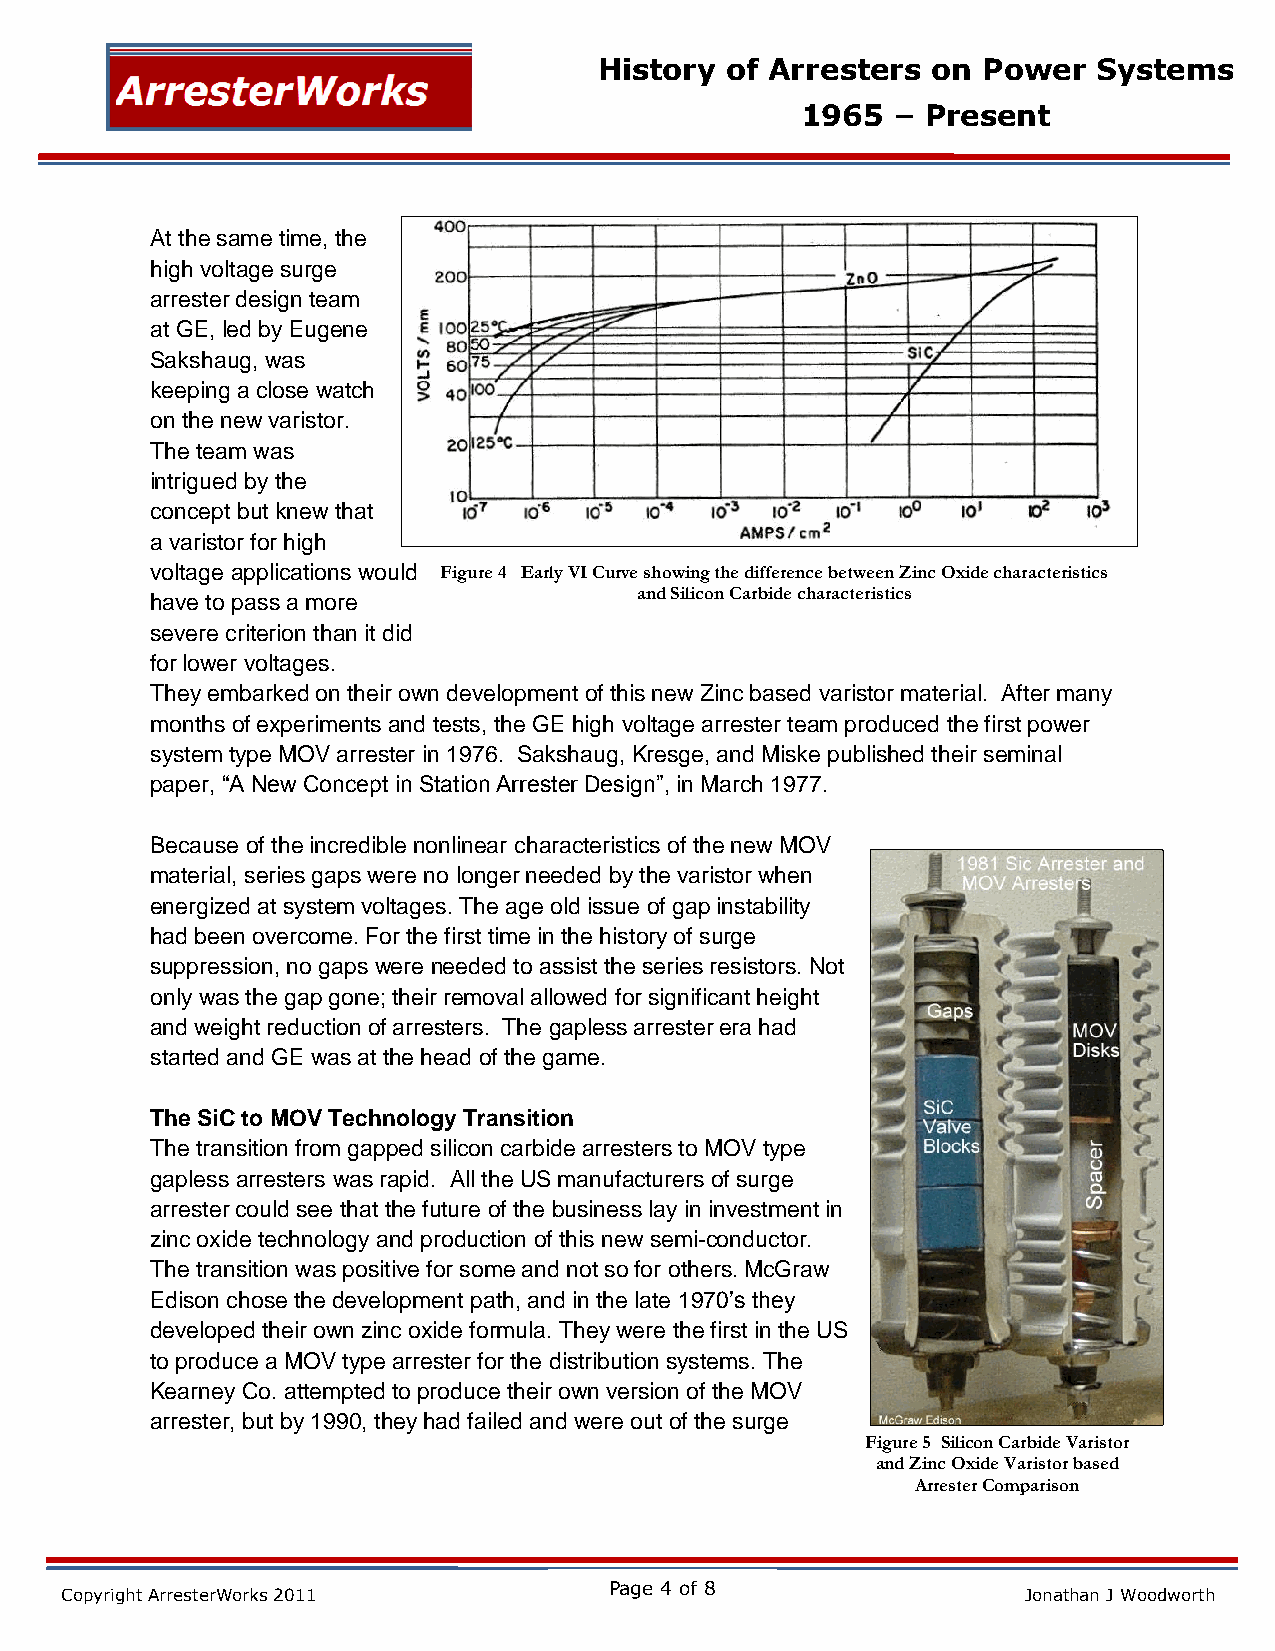
History of Arresters  on Power   Systems
 1965  – Present
 At the same time, the
 high voltage surge
 arrester design team
 at GE, led by Eugene
 Sakshaug, was
 keeping a close watch
 on the new varistor.
 The team was
 intrigued by the
 concept but knew that
 a varistor for high
 voltage applications would Figure 4 Early VI Curve showing the difference between Zinc Oxide characteristics
 and Silicon Carbide characteristics
 have to pass a more
 severe criterion than it did
 for lower voltages.
 They embarked on their own development of this new Zinc based varistor material. After many
 months of experiments and tests, the GE high voltage arrester team produced the first power
 system type MOV arrester in 1976. Sakshaug, Kresge, and Miske published their seminal
 paper, “A New Concept in Station Arrester Design”, in March 1977.
 Because of the incredible nonlinear characteristics of the new MOV
 material, series gaps were no longer needed by the varistor when
 energized at system voltages. The age old issue of gap instability
 had been overcome. For the first time in the history of surge
 suppression, no gaps were needed to assist the series resistors. Not
 only was the gap gone; their removal allowed for significant height
 and weight reduction of arresters. The gapless arrester era had
 started and GE was at the head of the game.
 The SiC to MOV Technology Transition
 The transition from gapped silicon carbide arresters to MOV type
 gapless arresters was rapid. All the US manufacturers of surge
 arrester could see that the future of the business lay in investment in
 zinc oxide technology and production of this new semi-conductor.
 The transition was positive for some and not so for others. McGraw
 Edison chose the development path, and in the late 1970’s they
 developed their own zinc oxide formula. They were the first in the US
 to produce a MOV type arrester for the distribution systems. The
 Kearney Co. attempted to produce their own version of the MOV
 arrester, but by 1990, they had failed and were out of the surge
 Figure 5 Silicon Carbide Varistor
 and Zinc Oxide Varistor based
 Arrester Comparison
 Page 4 of 8
 Copyright ArresterWorks 2011                                    Jonathan J Woodworth